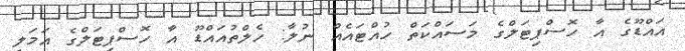
އައްޑޫގެ އާ ހޮސްޕިޓަލްގެ މަސައްކަތް ހުއްޓަައެއް ނުލާ: ހެލްތުއައްޑޫ އާ ހޮސްޕިޓަލްގެ އަމަލީ